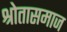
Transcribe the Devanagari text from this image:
श्रोतासमाज